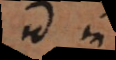
id in